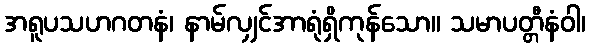
အရူပသဟဂတနံ၊ နာမ်လျှင်အာရုံရှိကုန်သော။ သမာပတ္တီနံဝါ၊